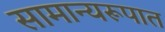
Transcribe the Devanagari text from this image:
सामान्यरूपात